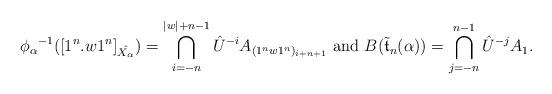
LaTeX: \begin{align*}{\phi_\alpha}^{-1}([1^n.w1^n]_{\hat{X_\alpha}}) =\bigcap_{i=-n}^{\vert w \vert +n-1}{\hat{U}}^{-i}A_{(1^nw1^n)_{i+n+1}} \textrm{ and } B(\tilde{\mathfrak{t}}_n(\alpha)) = \bigcap_{j=-n}^{n-1} {\hat{U}}^{-j}A_1.\end{align*}